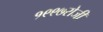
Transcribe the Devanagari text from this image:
१९९७रोजी